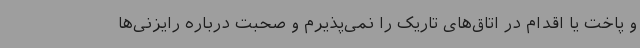
و پاخت یا اقدام در اتاق‌های تاریک را نمی‌پذیرم و صحبت درباره رایزنی‌ها